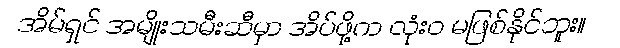
အိမ်ရှင် အမျိုးသမီးဆီမှာ အိပ်ဖို့က လုံးဝ မဖြစ်နိုင်ဘူး။